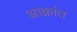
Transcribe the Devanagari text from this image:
अाक्रांत